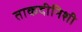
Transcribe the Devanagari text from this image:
ताकदीनिशी